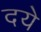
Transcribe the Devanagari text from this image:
दये